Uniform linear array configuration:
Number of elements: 32
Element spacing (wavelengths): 0.5
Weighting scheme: kaiser
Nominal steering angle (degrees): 60
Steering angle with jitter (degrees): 60.428
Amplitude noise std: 0.05
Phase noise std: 0.05

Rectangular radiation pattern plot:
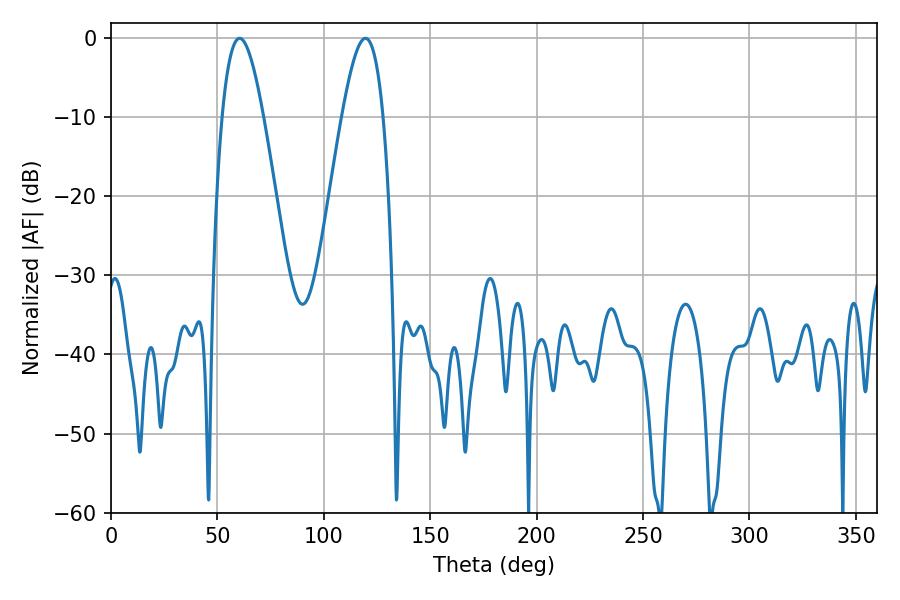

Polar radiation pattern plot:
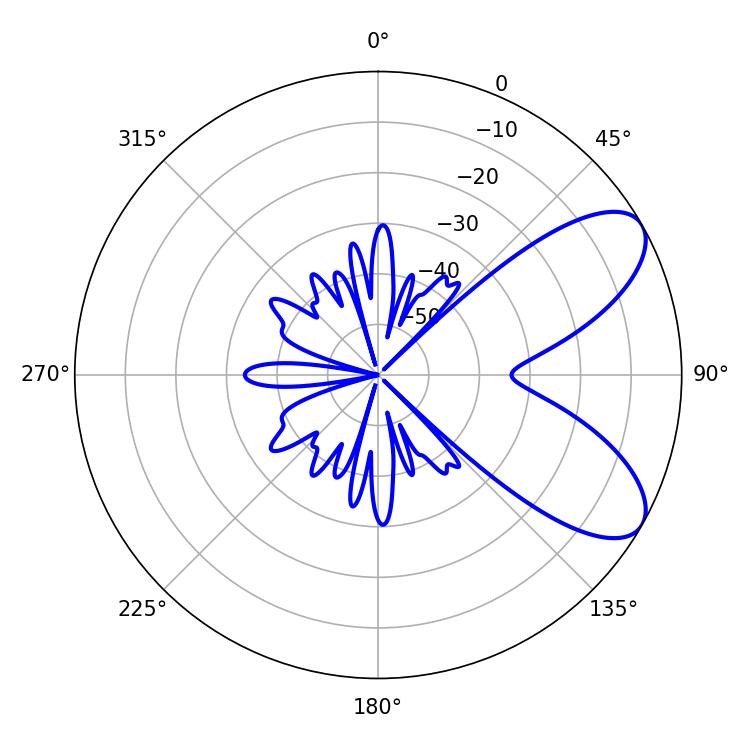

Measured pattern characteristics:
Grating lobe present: FALSE
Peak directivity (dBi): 7.584
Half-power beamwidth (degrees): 10.44
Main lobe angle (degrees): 60.48